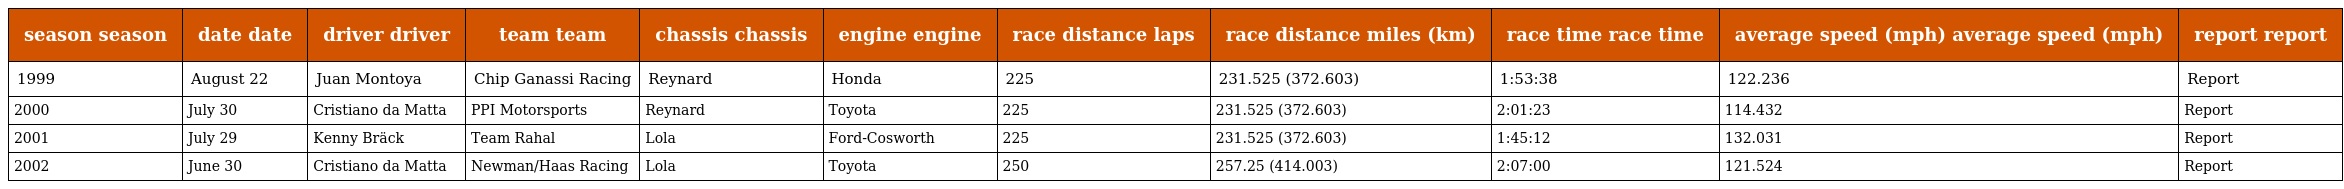
| season season | date date | driver driver | team team | chassis chassis | engine engine | race distance laps | race distance miles (km) | race time race time | average speed (mph) average speed (mph) | report report |
 | --- | --- | --- | --- | --- | --- | --- | --- | --- | --- | --- |
 | 1999 | August 22 | Juan Montoya | Chip Ganassi Racing | Reynard | Honda | 225 | 231.525 (372.603) | 1:53:38 | 122.236 | Report |
 | 2000 | July 30 | Cristiano da Matta | PPI Motorsports | Reynard | Toyota | 225 | 231.525 (372.603) | 2:01:23 | 114.432 | Report |
 | 2001 | July 29 | Kenny Bräck | Team Rahal | Lola | Ford-Cosworth | 225 | 231.525 (372.603) | 1:45:12 | 132.031 | Report |
 | 2002 | June 30 | Cristiano da Matta | Newman/Haas Racing | Lola | Toyota | 250 | 257.25 (414.003) | 2:07:00 | 121.524 | Report |